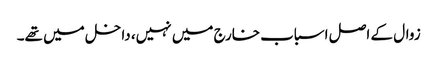
زوال کے اصل اسباب خارج میں نہیں، داخل میں تھے۔